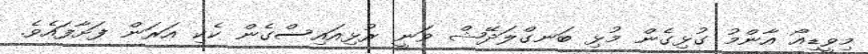
މިވީޑިއޯ އާންމު ގުޅިގެން މުޅި ބަނގްލަދޭޝް ވަނީ ރުޅިއައިސްގެން ކެކި އަރަން ފަށާފައެވެ.